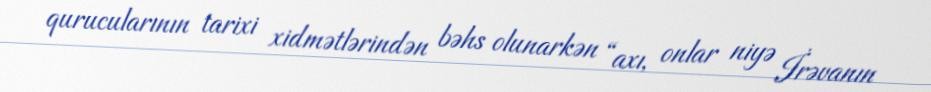
qurucularının tarixi xidmətlərindən bəhs olunarkən “axı, onlar niyə İrəvanın